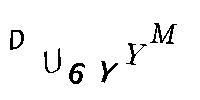
DU6YYM